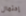
إحتمال